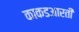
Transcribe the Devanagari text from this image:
काकडआरती